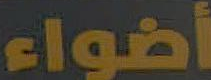
أضواء